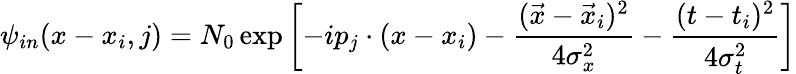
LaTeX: \psi_{in}(x-x_{i},j)=N_{0}\exp\left[-ip_{j}\cdot(x-x_{i})-\frac{(\vec{x}-\vec{x}_{i})^{2}}{4\sigma_{x}^{2}}-\frac{(t-t_{i})^{2}}{4\sigma_{t}^{2}}\right]